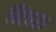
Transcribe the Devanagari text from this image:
निवश